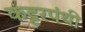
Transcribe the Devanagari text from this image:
कंट्टरपंथी